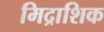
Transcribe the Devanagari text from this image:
मिद्राशिक